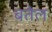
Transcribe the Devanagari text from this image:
बतेल